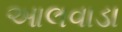
આલવાડા